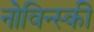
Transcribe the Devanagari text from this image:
नोविन्स्की